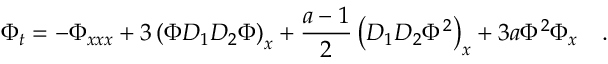
\Phi _ { t } = - \Phi _ { x x x } + 3 \left( \Phi { \cal D } _ { 1 } { \cal D } _ { 2 } \Phi \right) _ { x } + \frac { a - 1 } { 2 } \left( { \cal D } _ { 1 } { \cal D } _ { 2 } \Phi ^ { 2 } \right) _ { x } + 3 a \Phi ^ { 2 } \Phi _ { x } \quad .